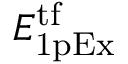
E _ { \mathrm { 1 p E x } } ^ { \mathrm { t f } }